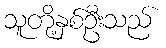
သူတို့နှစ်ဦးသည်